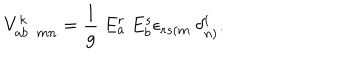
V _ { a b \ \ m n } ^ { k } = \frac { 1 } { g } \ E _ { a } ^ { r } \ E _ { b } ^ { s } \epsilon _ { r s ( m } \ \delta _ { n ) } ^ { i } .